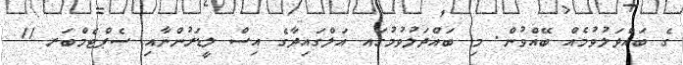
ގެ ބައްދަލުވުމެއް ބޭއްވުން. މި ބައްދަލުވުމުގައ އަލްގައިދާގެ އިސް ލީޑަރުންނާއި ސެޕްޓެމްބަރ 11